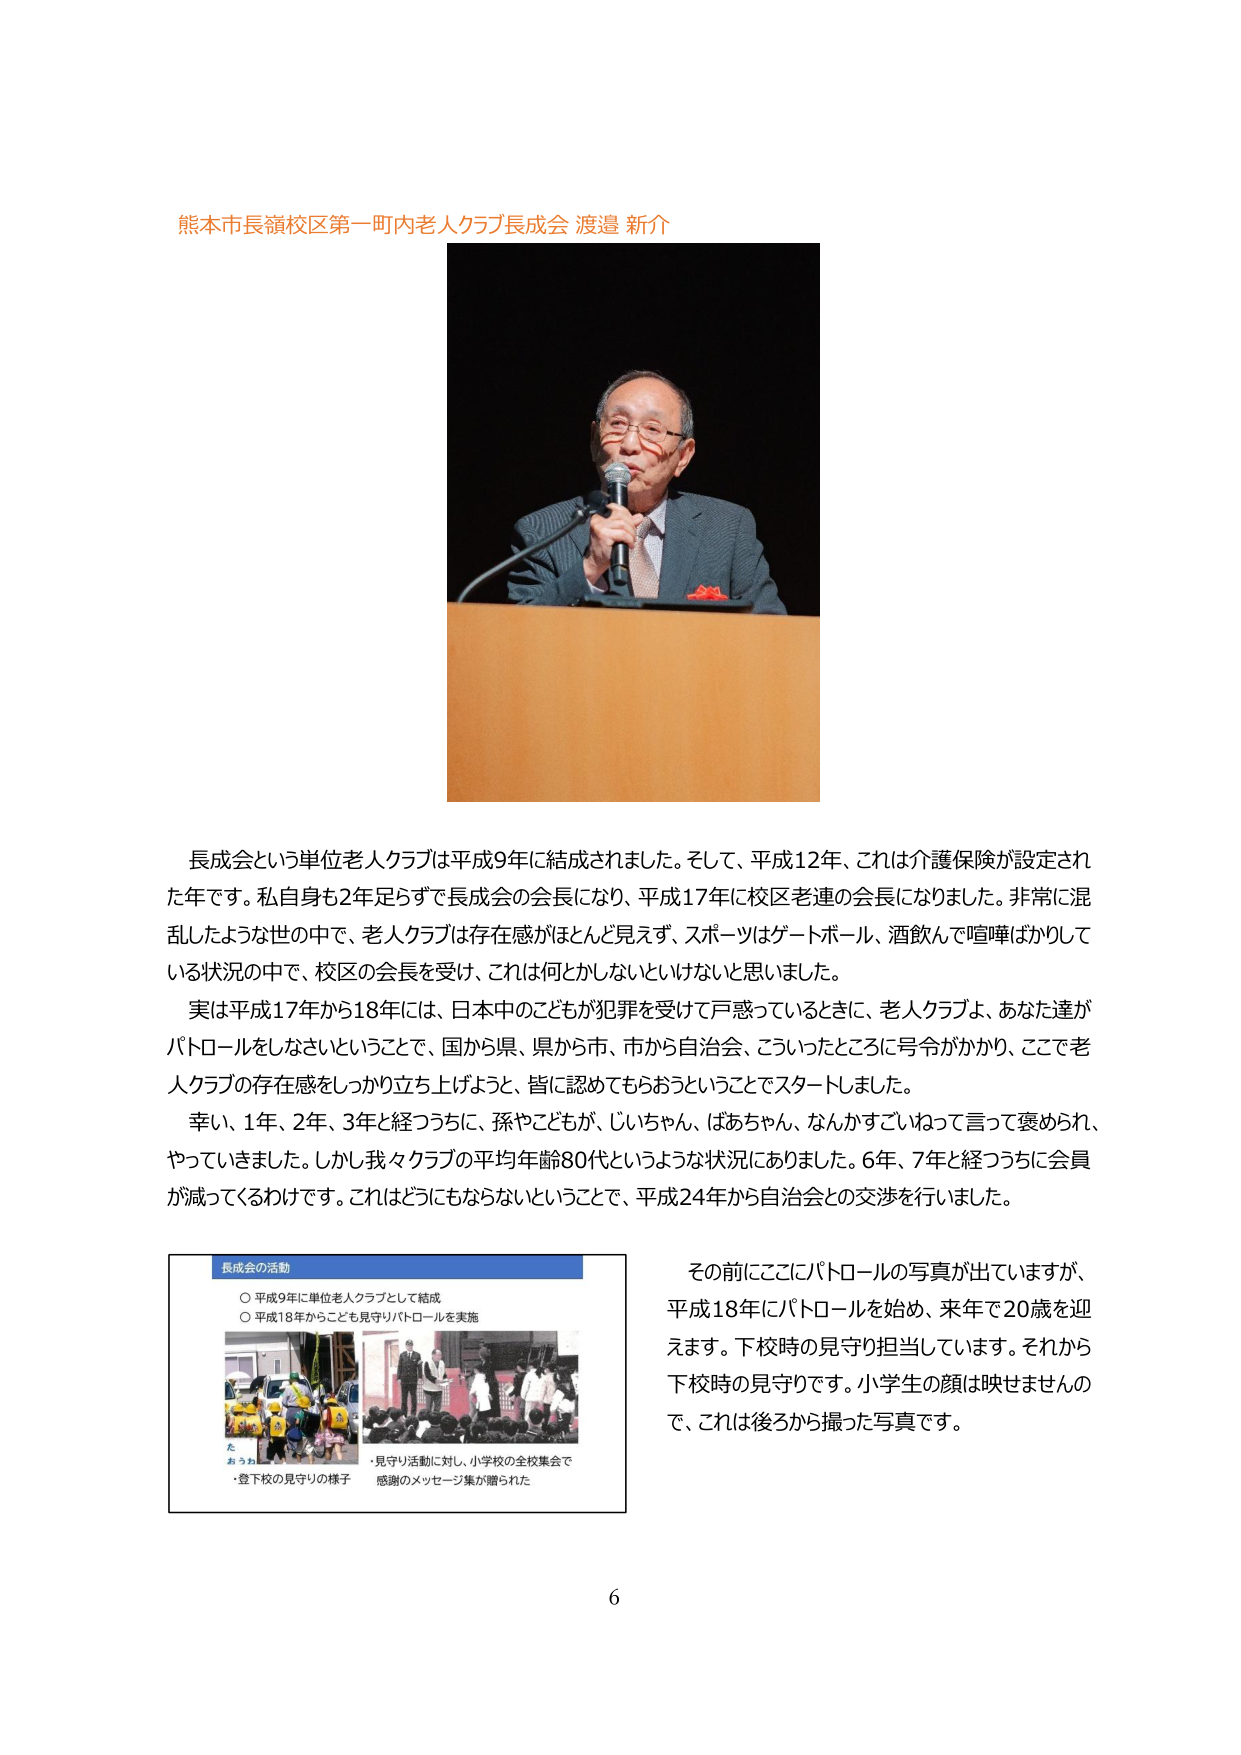
熊本市長嶺校区第一町内老人クラブ長成会 渡邉 新介

長成会という単位老人クラブは平成9年に結成されました。そして、平成12年、これは介護保険が設定された年です。私自身も2年足らずで長成会の会長になり、平成17年に校区老連の会長になりました。非常に混乱したような世の中で、老人クラブは存在感がほとんど見えず、スポーツはゲートボール、酒飲んで喧嘩ばかりしている状況の中で、校区の会長を受け、これは何とかしないといけないと思いました。

実は平成17年から18年には、日本中のこどもが犯罪を受けて戸惑っているときに、老人クラブよ、あなた達がパトロールをしなさいということで、国から県、県から市、市から自治会、こういったところに号令がかかり、ここで老人クラブの存在感をしっかり立ち上げよう、皆に認めてもらおうということでスタートしました。

幸い、1年、2年、3年と経つうちに、孫やこどもが、じいちゃん、ばあちゃん、なんかすごいねって言って褒められ、やっていきました。しかし我々クラブの平均年齢80代というような状況にありました。6年、7年と経つうちに会員が減ってくるわけです。これはどうにもならないということで、平成24年から自治会との交渉を行いました。

長成会の活動
○ 平成9年に単位老人クラブとして結成
○ 平成18年からこども見守りパトロールを実施

た
おうね
・登下校の見守りの様子
・見守り活動に対し、小学校の全校集会で感謝のメッセージ集が贈られた

その前にここにパトロールの写真が出ていますが、平成18年にパトロールを始め、来年で20歳を迎えます。下校時の見守り担当しています。それから下校時の見守りです。小学生の顔は映せませんので、これは後ろから撮った写真です。

6